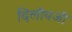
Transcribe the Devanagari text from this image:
दिलीपजी